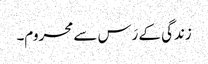
زندگی کے رَس سے محروم۔